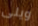
ويلى